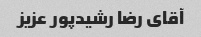
آقای رضا رشیدپور عزیز